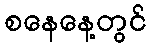
စနေနေ့တွင်